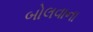
બોલવાના